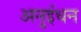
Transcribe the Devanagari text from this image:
अनुइंधन